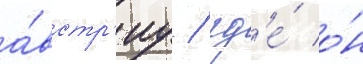
а́встр'иу / гд'е́ о́н